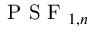
\textrm { P S F } _ { 1 , n }